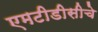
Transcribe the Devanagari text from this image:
एमटीडीसीचे